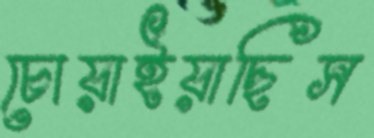
চোয়াইয়াছিস